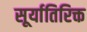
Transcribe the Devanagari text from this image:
सूर्यातिरिक्त